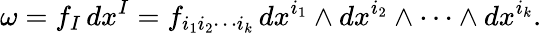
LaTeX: \omega=f_{I}\, dx^{I}=f_{i_{1}i_{2}\cdots i_{k}}\, dx^{i_{1}}\wedge dx^{i_{2}}\wedge\cdots\wedge dx^{i_{k}}.